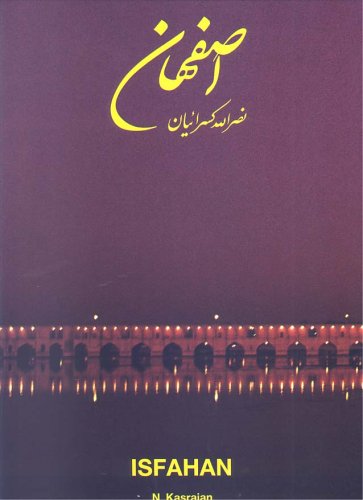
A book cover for Isfahan; N. Kasraian; Travel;